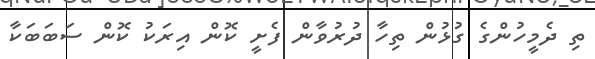
ތި ދެމީހުންގެ ގުޅުން ތިހާ ދުރުވާން ފެށީ ކޮން އިރަކު ކޮން ސަބަބަކާ